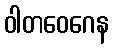
ဝါတဝေဂေန